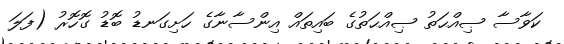
ކަވާސާ ޞިއްޙަތު ޞިއްޙަތުގެ ބައިތައް އިންސާނާގެ ހަށިގަނޑު ބޮޑު ގޮހޮރު (ފަލަ